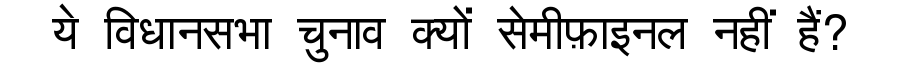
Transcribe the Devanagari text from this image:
ये विधानसभा चुनाव क्यों सेमीफ़ाइनल नहीं हैं?